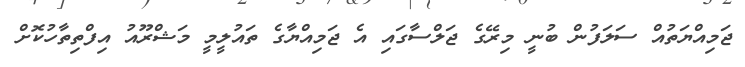
ޖަމިއްޔަތުއް ސަލަފުން ބުނީ މިރޭގެ ޖަލްސާގައި އެ ޖަމިއްޔާގެ ތައުލީމީ މަޝްރޫއު އިފްތިތާހުކޮށް